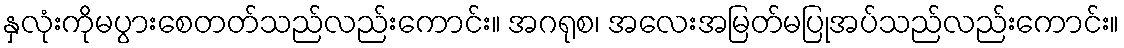
နှလုံးကိုမပွားစေတတ်သည်လည်းကောင်း။ အဂရုစ၊ အလေးအမြတ်မပြုအပ်သည်လည်းကောင်း။